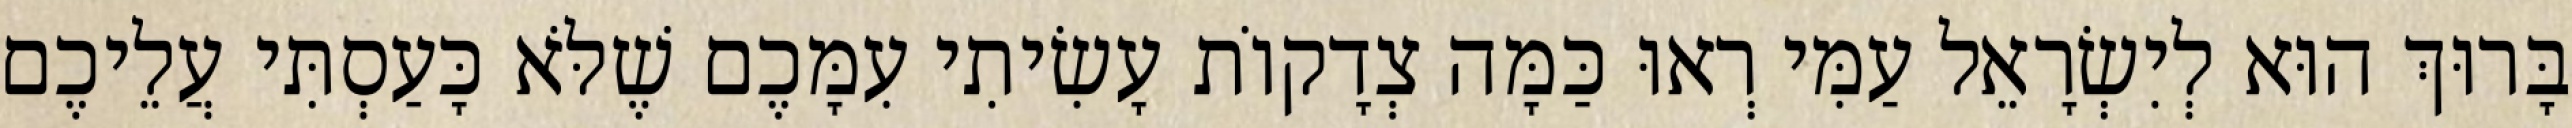
בָּרוּךְ הוּא לְיִשְׂרָאֵל עַמִּי רְאוּ כַּמָּה צְדָקוֹת עָשִׂיתִי עִמָּכֶם שֶׁלֹּא כָּעַסְתִּי עֲלֵיכֶם